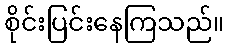
စိုင်းပြင်းနေကြသည်။